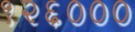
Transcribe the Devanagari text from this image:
१२६०००